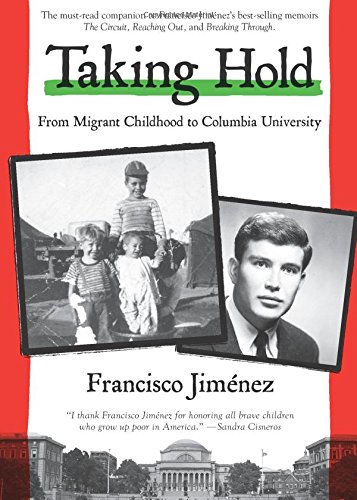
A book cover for Taking Hold: From Migrant Childhood to Columbia University; Francisco JimÃ©nez; Teen & Young Adult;